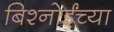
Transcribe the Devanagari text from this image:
बिश्‍नोईंच्या